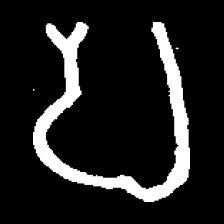
Pyu character \u2014 Myanmar letter: ပ (romanized: pa)